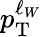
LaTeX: p_{\mathrm{T}}^{\ell_{W}}